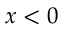
x < 0